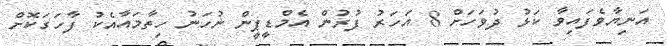
އަނިޔާވެފައިވާ ކަޅު ދުވަހަށް 8 އަހަރު ފުރުން އެމްޑީޕީން ނުހަނު ހިތާމައާއެކު ފާހަގަކޮށް